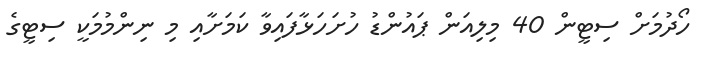
ހޯދުމަށް ސިޓީން 40 މިލިއަން ޕައުންޑު ހުށަހަޅާފައިވާ ކަމަށާއި މި ނިންމުމަކީ ސިޓީގެ